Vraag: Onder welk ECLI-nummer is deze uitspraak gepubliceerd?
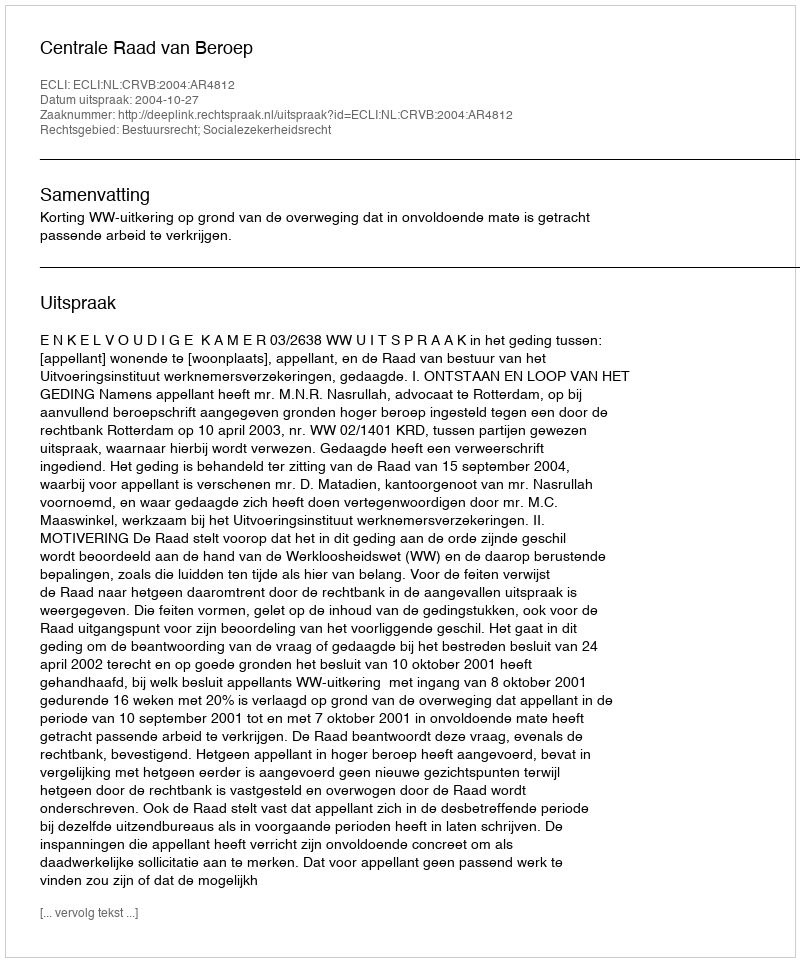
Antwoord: ECLI:NL:CRVB:2004:AR4812